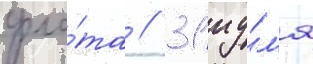
фло́та // 31 иу́л'я